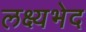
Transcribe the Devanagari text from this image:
लक्ष्यभेद